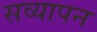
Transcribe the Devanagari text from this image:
सव्यापन